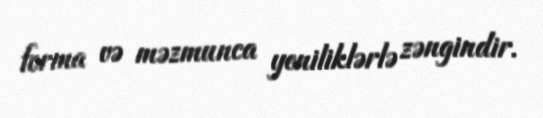
forma və məzmunca yeniliklərlə zəngindir.